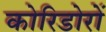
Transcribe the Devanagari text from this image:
कोरिडोरों